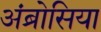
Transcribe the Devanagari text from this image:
अंब्रोसिया